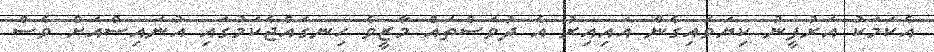
އެކަމަކު އަރުފީނު ކިޔަވައިގެން އައިއިރު އެ ދުވަސްތައް މާޒީވެ ހިނގައްޖެކަމުގައި އުނައިސްއަށް ވެސް